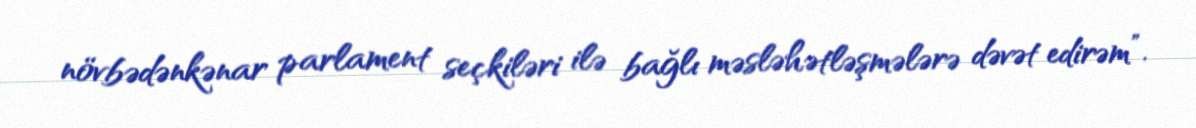
növbədənkənar parlament seçkiləri ilə bağlı məsləhətləşmələrə dəvət edirəm”.